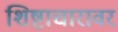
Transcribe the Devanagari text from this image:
शिष्टाचारावर